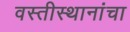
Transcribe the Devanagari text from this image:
वस्तीस्थानांचा